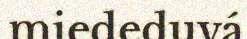
miededuvá